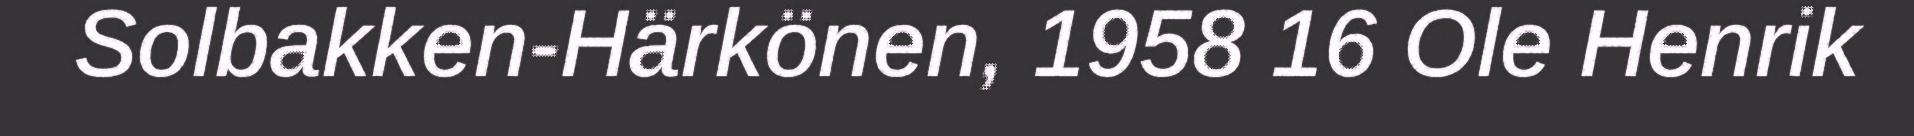
Solbakken-Härkönen, 1958 16 Ole Henrik